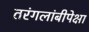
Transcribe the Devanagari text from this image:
तरंगलांबीपेक्षा